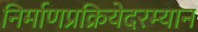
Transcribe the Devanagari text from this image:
निर्माणप्रक्रियेदरम्यान